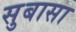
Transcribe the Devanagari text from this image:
सुबासा